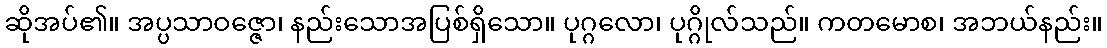
ဆိုအပ်၏။ အပ္ပသာဝဇ္ဇော၊ နည်းသောအပြစ်ရှိသော။ ပုဂ္ဂလော၊ ပုဂ္ဂိုလ်သည်။ ကတမောစ၊ အဘယ်နည်း။